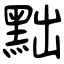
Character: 黜